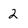
Character: 2